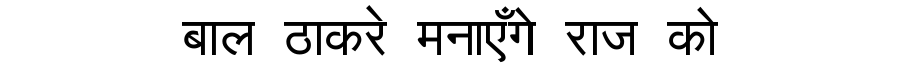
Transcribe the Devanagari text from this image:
बाल ठाकरे मनाएँगे राज को